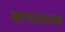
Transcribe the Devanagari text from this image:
बाणासारखे